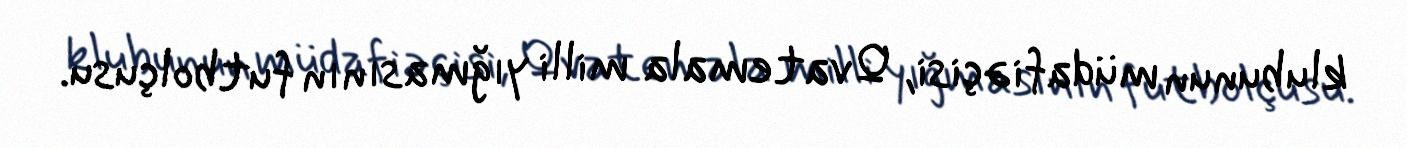
klubunun müdafiəçisi, Qvatemala milli yığmasının futbolçusu.